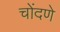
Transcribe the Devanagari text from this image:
चोंदणे